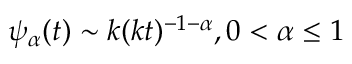
\psi _ { \alpha } ( t ) \sim k ( k t ) ^ { - 1 - \alpha } , 0 < \alpha \leq 1